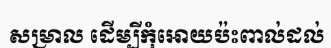
សម្រាល ដើម្បីកុំអោយប៉ះពាល់ដល់